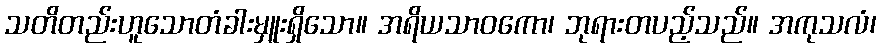
သတိတည်းဟူသောတံခါးမှူးရှိသော။ အရိယသာဝကော၊ ဘုရားတပည့်သည်။ အကုသလံ၊